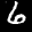
Label: 6